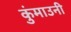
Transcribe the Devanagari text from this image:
कुंमाउनी